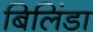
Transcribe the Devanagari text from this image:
बिलिंडा